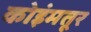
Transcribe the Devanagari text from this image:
कोइंमतूर